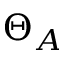
\Theta _ { A }